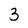
Character: 3